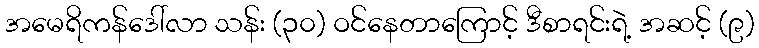
အမေရိကန်ဒေါ်လာ သန်း (၃၀) ဝင်နေတာကြောင့် ဒီစာရင်းရဲ့ အဆင့် (၉)